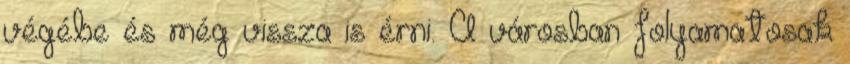
végébe és még vissza is érni. A városban folyamatosak